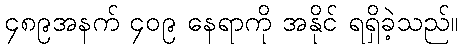
၄၈၉အနက် ၄၀၉ နေရာကို အနိုင် ရရှိခဲ့သည်။